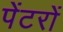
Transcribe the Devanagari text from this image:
पेंटरों